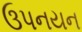
ઉપનયન